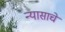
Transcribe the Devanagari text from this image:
न्यासाचे